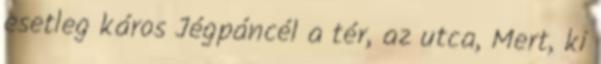
esetleg káros Jégpáncél a tér, az utca, Mert, ki